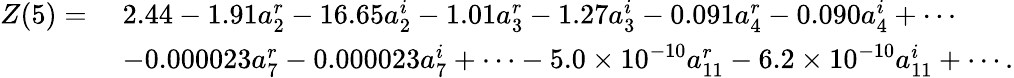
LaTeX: \begin{array}{rl}{Z(5)=\mathstrut}&{2.44-1.91a_{2}^{r}-16.65a_{2}^{i}-1.01a_{3}^{r}-1.27a_{3}^{i}-0.091a_{4}^{r}-0.090a_{4}^{i}+\cdots}\\ &{-0.000023a_{7}^{r}-0.000023a_{7}^{i}+\cdots-5.0\times 10^{-10}a_{11}^{r}-6.2\times 10^{-10}a_{11}^{i}+\cdots.}\end{array}